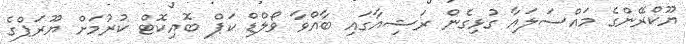
ޔޫކްރޭންގެ މައްސަލައާ ގުޅިގެން ރަޝިއާގައި ބާއްވާ ވޯލްޑް ކަޕް ބޮއިކޮޓް ކުރުމަށް ޔޫރަޕްގެ